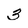
Character: 3